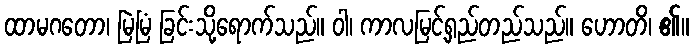
ထာမဂတော၊ မြဲမြံ ခြင်းသို့ရောက်သည်။ ဝါ၊ ကာလမြင့်ရှည်တည်သည်။ ဟောတိ၊ ၏။